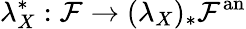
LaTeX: \lambda_{X}^{*}:{\mathcal{F}}\rightarrow(\lambda_{X})_{*}{\mathcal{F}}^{\mathrm{an}}